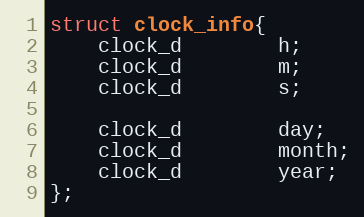
Language: C
struct clock_info{
	clock_d		h;
	clock_d		m;
	clock_d		s;

	clock_d		day;
	clock_d		month;
	clock_d		year;
};